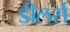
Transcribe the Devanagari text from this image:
डीलर्स